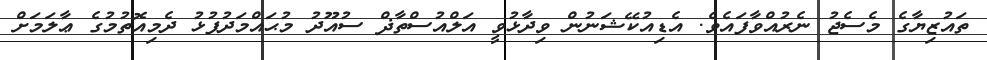
ތައުޒިޔާގެ މެސެޖު ނެރުއްވާފައެވެ. އެޑިއުކޭޝަނުން ވިދާޅުވީ އަލްއުސްތާޛް ސުއޫދު މުޙައްމަދުފުޅު ދެމިއޮތުމުގެ ޢާލަމަށް